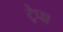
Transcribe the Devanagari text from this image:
ट्रेपा